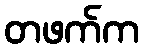
တဖက်က